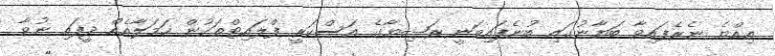
އިއްޔެ ނެރެފައިވާ ބަޔާނުގައި ބުނެފައިވަނީ ރަޝިޔާގެ އަސްކަރީ ފްލައިޓްތަކުން ހަމަލާއެއް ދީފައި ނުވާ